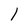
Character: l